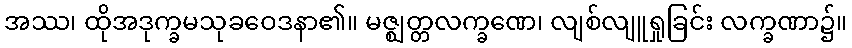
အဿ၊ ထိုအဒုက္ခမသုခဝေဒနာ၏။ မဇ္ဈတ္တလက္ခဏေ၊ လျစ်လျူရှုခြင်း လက္ခဏာ၌။